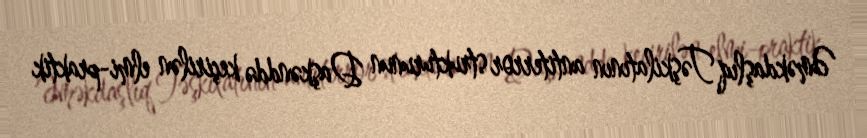
Əməkdaşlıq Təşkilatının antiterror strukturunun Daşkənddə keçirilən elmi-praktik